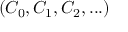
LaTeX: ( C _ { 0 } , C _ { 1 } , C _ { 2 } , . . . )